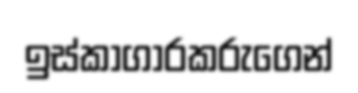
ඉස්කාගාරකරුගෙන්